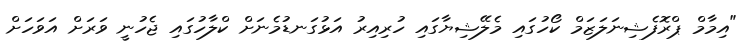
"އިމާމް ޕްރޮފެޝިނަލަޒަމް ކޯހުގައި މެލޭޝިޔާގައި ހުރިއިރު އަޅުގަނޑުމެނަށް ކްލާހުގައި ޖެހުނީ ވަރަށް އަވަހަށް